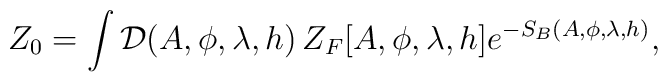
Z_0=\int{\cal{D}}\big(A,\phi,\lambda,h\big)\,Z_F[A,\phi,\lambda,h]e^{-S_B(A,\phi,\lambda,h)},